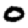
Digit: 0